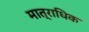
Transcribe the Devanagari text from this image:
मात्राधिक